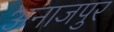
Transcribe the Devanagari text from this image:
अनाजपुर